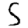
Digit: 5